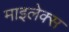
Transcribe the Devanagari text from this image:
माइलेक्स